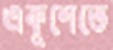
একুশেতে